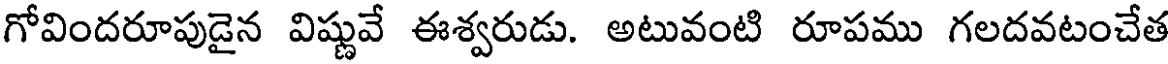
గోవిందరూపుడైన విష్ణువే ఈశ్వరుడు. అటువంటి రూపము గలదవటంచేత